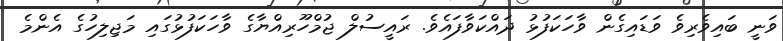
ވަނީ ބައިވެރިވެ ވަޑައިގެން ވާހަކަފުޅު ދައްކަވާފައެވެ. ރައީސުލް ޖުމްހޫރިއްޔާގެ ވާހަކަފުޅުގައި މަޖިލިހުގެ އެންމެ